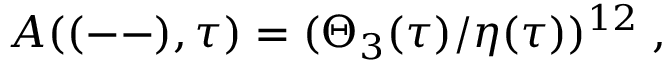
A ( ( -- ) , \tau ) = ( \Theta _ { 3 } ( \tau ) / \eta ( \tau ) ) ^ { 1 2 } \; ,